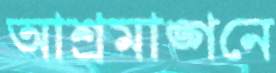
আশ্রমাঙ্গনে